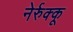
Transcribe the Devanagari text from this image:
नेर्रुक्कू